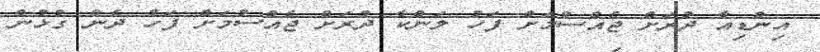
އިންޑިއާ ދުރަށް ޖެއްސުމަށް ފަހު ލަންކާ ދުރަށް ޖެއްސުމަށް ފަހު ދެން ގުޅުން